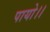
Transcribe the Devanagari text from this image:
पायो।।